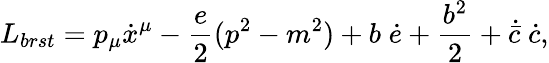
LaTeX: L_{brst}=p_{\mu}\dot{x}^{\mu}-\frac{e}{2}(p^{2}-m^{2})+b\; \dot{e}+\frac{b^{2}}{2}+\dot{\bar{c}}\; \dot{c},